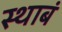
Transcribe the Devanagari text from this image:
स्थाबं